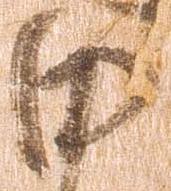
田